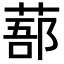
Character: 𦷽